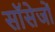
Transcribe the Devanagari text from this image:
सॉसेजों